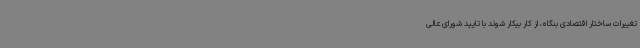
تغییرات ساختار اقتصادی بنگاه، از کار بیکار شوند با تایید شورای عالی